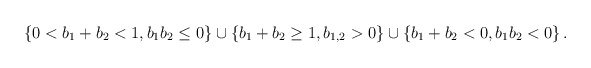
\begin{align*}\left\{ 0<b_{1}+b_{2}<1,b_{1}b_{2}\leq 0\right\} \cup \left\{b_{1}+b_{2}\geq 1,b_{1,2}>0\right\} \cup \left\{b_{1}+b_{2}<0,b_{1}b_{2}<0\right\} . \end{align*}